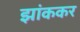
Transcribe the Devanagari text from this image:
झांककर